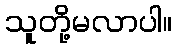
သူတို့မလာပါ။